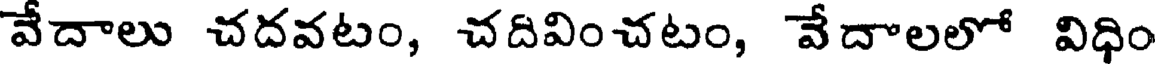
వేదాలు చదవటం, చదివించటం, వేదాలలో విధిం